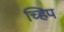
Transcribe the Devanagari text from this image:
च्हिप